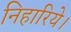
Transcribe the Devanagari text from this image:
निहारिये।